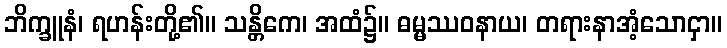
ဘိက္ခူနံ၊ ရဟန်းတို့၏။ သန္တိကေ၊ အထံ၌။ ဓမ္မဿဝနာယ၊ တရားနာအံ့သောငှာ။